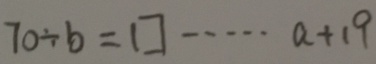
7 0 \div b = \square \cdots a + 1 9